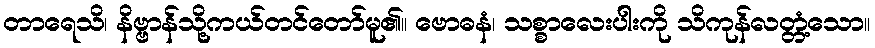
တာရေသိ၊ နိဗ္ဗာန်သို့ကယ်တင်တော်မူ၏။ ဗောဓနံ၊ သစ္စာလေးပါးကို သိကုန်လတ္တံ့သော။